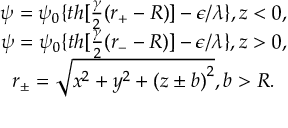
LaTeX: \begin{array} { c } { { \psi = \psi _ { 0 } \{ t h [ \frac \gamma 2 ( r _ { + } - R ) ] - \epsilon / \lambda \} , z < 0 , } } \\ { { \psi = \psi _ { 0 } \{ t h [ \frac \gamma 2 ( r _ { - } - R ) ] - \epsilon / \lambda \} , z > 0 , } } \\ { { r _ { \pm } = \sqrt { x ^ { 2 } + y ^ { 2 } + \left( z \pm b \right) ^ { 2 } } , b > R . } } \end{array}